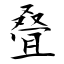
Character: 叠